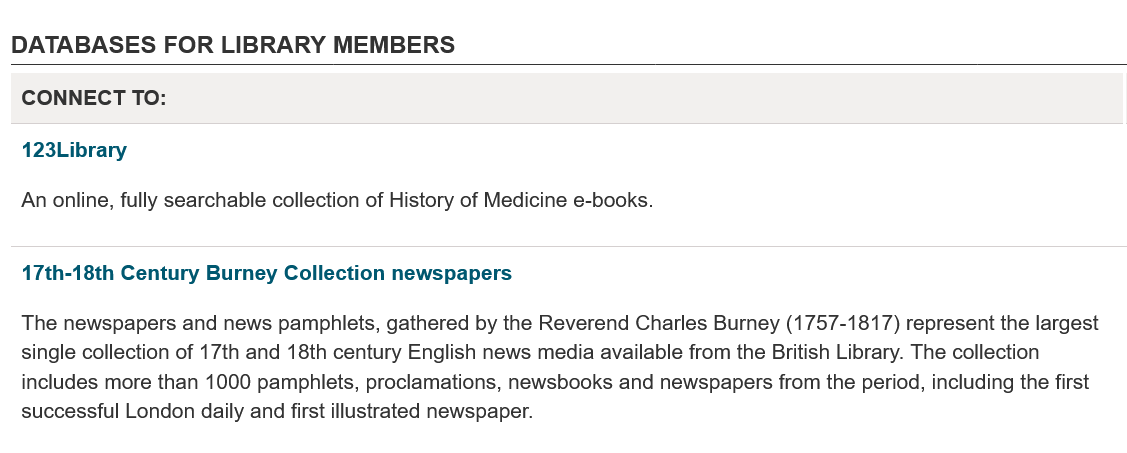
DATABASES   FOR  LIBRARY    MEMBERS
   CONNECT TO:
   123Library
   17th-18th Century Burney Collection newspapers
  An online, fully searchable collection of History of Medicine e-books.
   The newspapers and news pamphlets, gathered by the Reverend Charles Burney (1757-1817) represent the lar
   single collection of 17th and 18th century English news media available from the British Library. The collection
   includes more than 1000 pamphlets, proclamations, newsbooks and newspapers from the period, including the
   successful London daily and first illustrated newspaper.